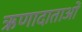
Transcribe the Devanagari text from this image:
ऋणादाताओं